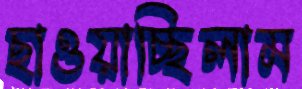
ছাওয়াচ্ছিলাম